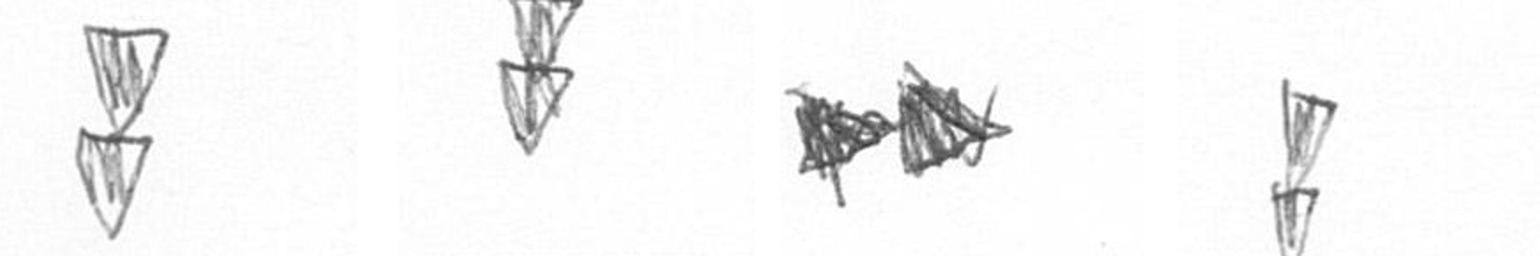
Z Z A Z